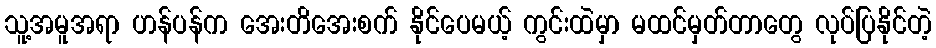
သူ့အမူအရာ ဟန်ပန်က အေးတိအေးစက် နိုင်ပေမယ့် ကွင်းထဲမှာ မထင်မှတ်တာတွေ လုပ်ပြနိုင်တဲ့